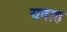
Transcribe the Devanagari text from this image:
यदाह